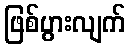
ဖြစ်ပွားလျက်